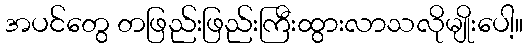
အပင်တွေ တဖြည်းဖြည်းကြီးထွားလာသလိုမျိုးပေါ့။